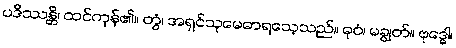
ပဒိဿန္တိ၊ ထင်ကုန်၏။ တွံ၊ အရှင်သုမေဓာရသေ့သည်။ ဓုဝံ၊ မချွတ်။ ဗုဒ္ဓေါ၊